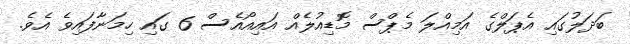
ބަދަލުގައި އެޕަލްގެ އަމިއްލަ މެޕްސް މޮޑިއުލެއް އައިއޯއެސް 6 ގައި ހިމަނާފައިވެ އެވެ.